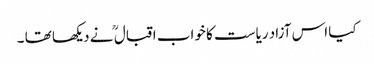
کیا اس آزاد ریاست کا خواب اقبال ؒ نے دیکھا تھا ۔